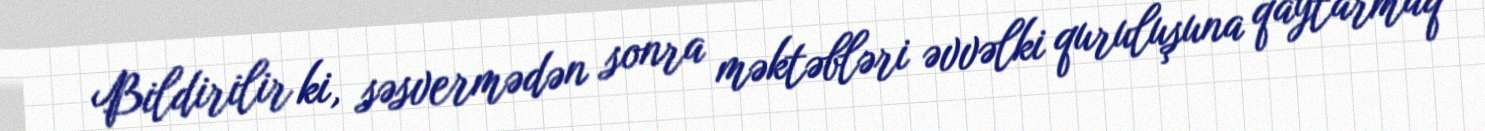
Bildirilir ki, səsvermədən sonra məktəbləri əvvəlki quruluşuna qaytarmaq